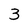
Character: 3